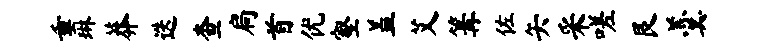
垂琳莽迭查扃首优壑盖艾篝佐矢采嗟艮羹